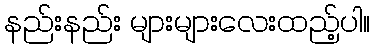
နည်းနည်း များများလေးထည့်ပါ။